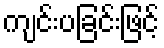
ကျင်းပခြင်းဖြင့်